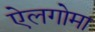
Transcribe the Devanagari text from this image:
ऐलगोमा